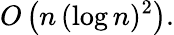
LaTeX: O\left(n\, (\log n)^{2}\right).